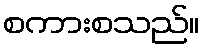
စကားစသည်။